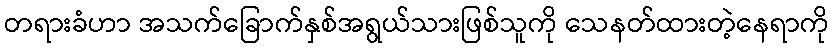
တရားခံဟာ အသက်ခြောက်နှစ်အရွယ်သားဖြစ်သူကို သေနတ်ထားတဲ့နေရာကို